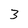
Character: 3